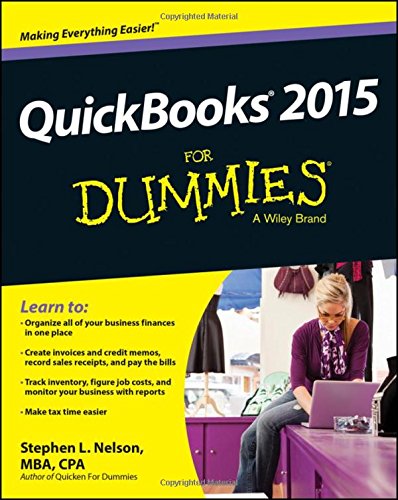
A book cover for QuickBooks 2015 For Dummies; Stephen L. Nelson; Computers & Technology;